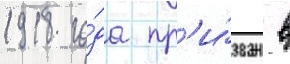
1918 го́да пр'и́зван в